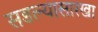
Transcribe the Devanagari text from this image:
सडल्यासारखा